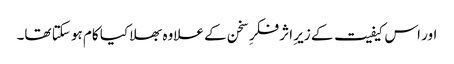
اور اس کیفیت کے زیرِ اثر فکرِ سخن کے علاوہ بھلا کیا کام ہو سکتا تھا۔